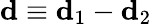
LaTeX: \mathbf{d}\equiv\mathbf{d}_{1}-\mathbf{d}_{2}